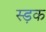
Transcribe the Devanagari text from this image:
स्ड़क